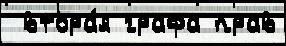
 втора́я графа прав